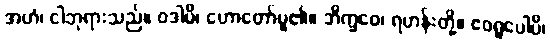
အဟံ၊ ငါဘုရားသည်။ ဝဒါမိ၊ ဟောတော်မူ၏။ ဘိက္ခဝေ၊ ရဟန်းတို့။ ဧဝရူပေါပိ၊